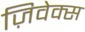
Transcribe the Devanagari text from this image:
ज़िवेक्स